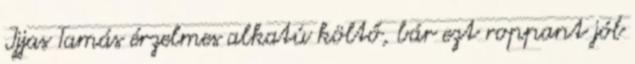
Ijjas Tamás érzelmes alkatú költő, bár ezt roppant jól